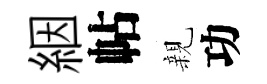
絪帖親功